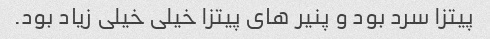
پیتزا سرد بود و پنیر هاى پیتزا خیلى خیلی زیاد بود.